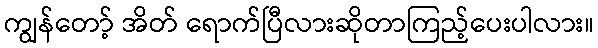
ကျွန်တော့် အိတ် ရောက်ပြီလားဆိုတာကြည့်ပေးပါလား။